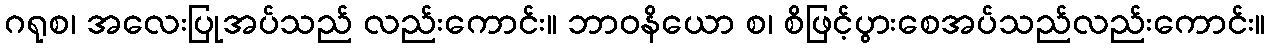
ဂရုစ၊ အလေးပြုအပ်သည် လည်းကောင်း။ ဘာဝနိယော စ၊ စိဖြင့်ပွားစေအပ်သည်လည်းကောင်း။